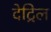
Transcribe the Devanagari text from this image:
देट्रिल